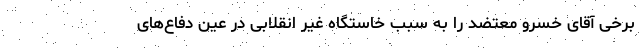
برخی آقای خسرو معتضد را به سبب خاستگاه غیر انقلابی در عین دفاع‌های